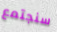
سنجتمع